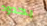
بحدود